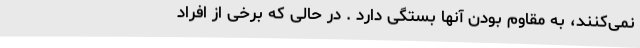
نمی‌کنند، به مقاوم بودن آنها بستگی دارد . در حالی که برخی از افراد